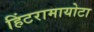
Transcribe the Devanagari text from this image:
हिंटरामायोटा